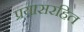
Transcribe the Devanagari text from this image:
प्रयासरहित